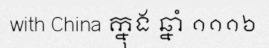
with China ក្នុង ឆ្នាំ ១១១៦